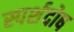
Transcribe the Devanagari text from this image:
स्पर्शदोष